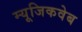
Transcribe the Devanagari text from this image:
म्यूजिकवेब